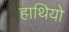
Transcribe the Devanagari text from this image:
हाथियो